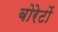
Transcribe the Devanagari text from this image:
बोरेटों